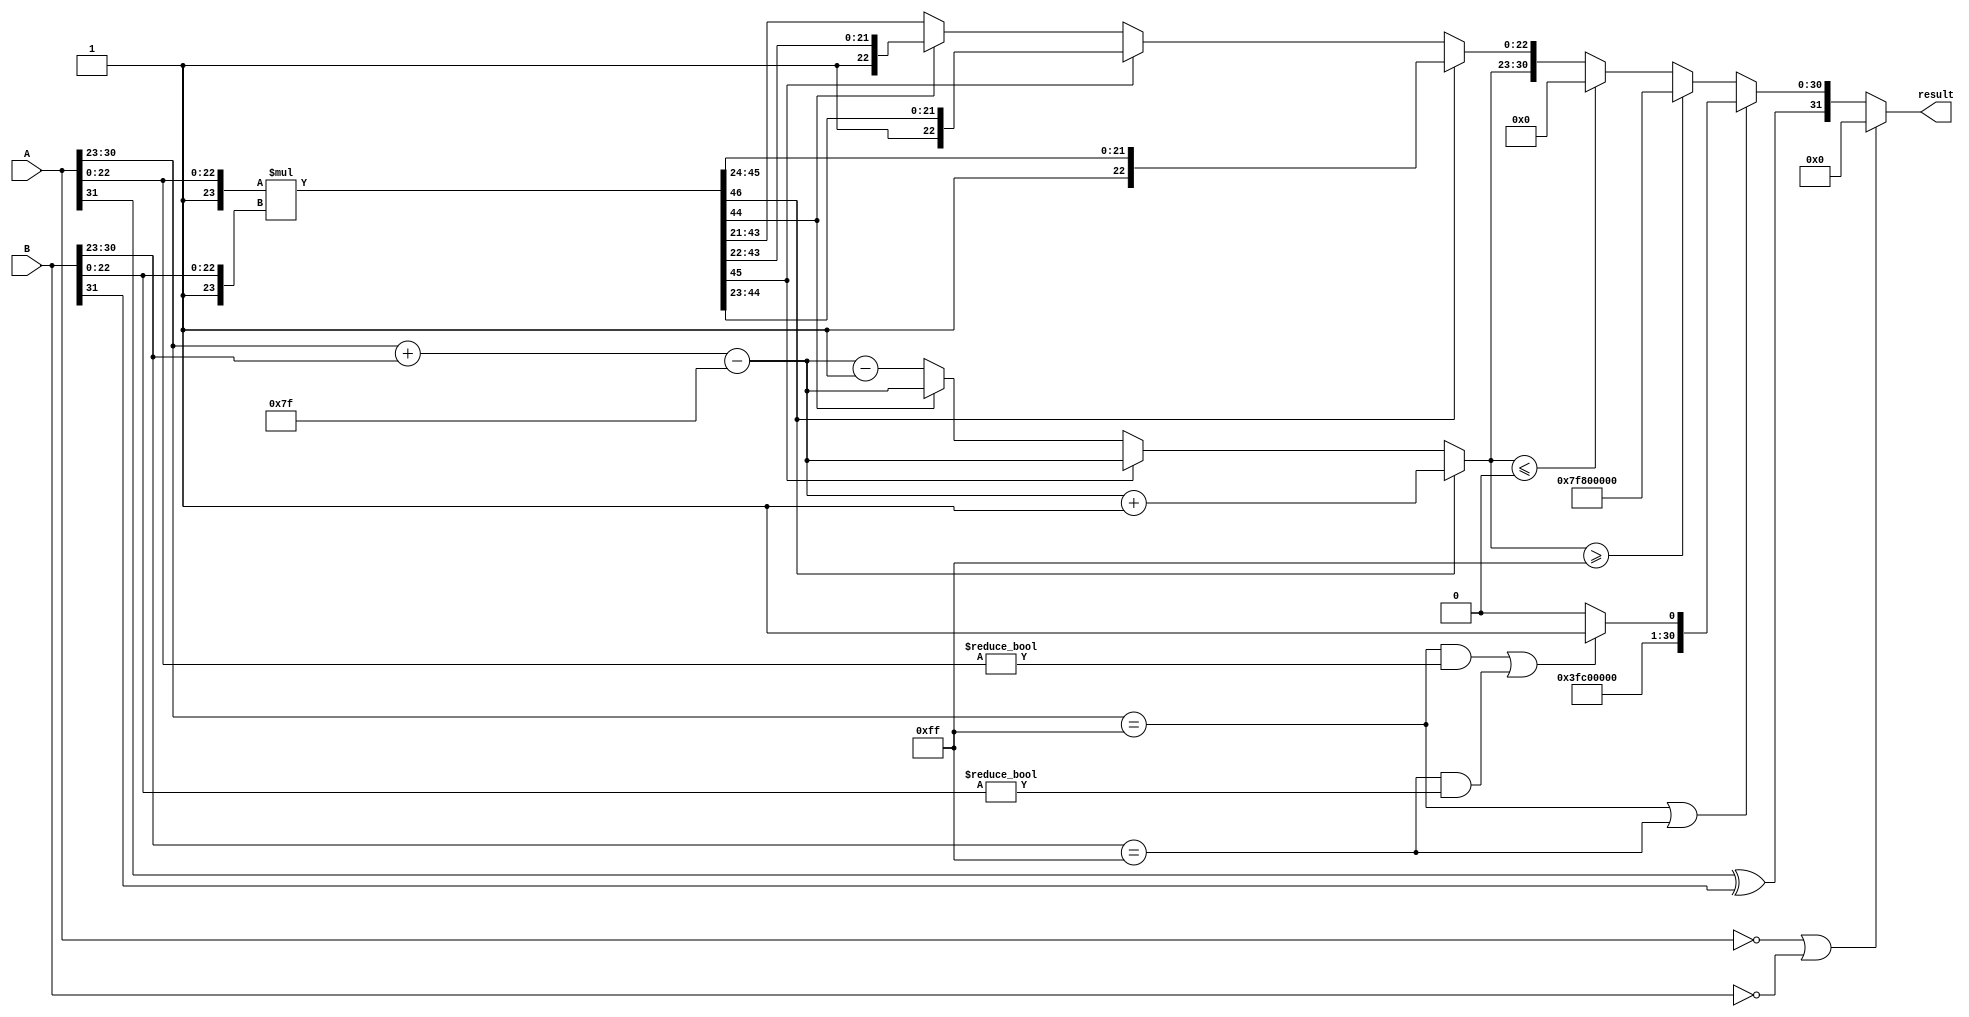
module floating_point_multiplier (
    input [31:0] A,  // Input A (32 bits)
    input [31:0] B,  // Input B (32 bits)
    output reg [31:0] result  // Output result (32 bits)
);

    // Extract components from input A
    wire signA = A[31];
    wire [7:0] expA = A[30:23];
    wire [23:0] sigA = {1'b1, A[22:0]};  // Add implicit leading 1

    // Extract components from input B
    wire signB = B[31];
    wire [7:0] expB = B[30:23];
    wire [23:0] sigB = {1'b1, B[22:0]};  // Add implicit leading 1

    // Sign calculation
    wire result_sign = signA ^ signB;  // XOR for sign

    // Exponent calculation
    wire [8:0] exp_sum = {1'b0, expA} + {1'b0, expB} - 8'd127;  // Add exponents and subtract bias
    wire [7:0] exp_result = exp_sum[7:0];

    // Significand calculation
    wire [46:0] sig_product = sigA * sigB;  // 23 + 23 = 46 bits product

    // Normalize the significand
    reg [23:0] normalized_sig;
    reg [7:0] final_exp;

    always @(*) begin
        if (sig_product[46] == 1'b1) begin
            // Normal case: Shift right to normalize
            normalized_sig = sig_product[46:24]; // 24 bits after shifting
            final_exp = exp_result + 8'd1; // Exponent increment
        end else if (sig_product[45] == 1'b1) begin
            // Shift right by 1
            normalized_sig = sig_product[45:23]; // 23 bits after shifting
            final_exp = exp_result; // Exponent stays the same
        end else if (sig_product[44] == 1'b1) begin
            // Shift right by 2
            normalized_sig = sig_product[44:22]; // 23 bits after shifting
            final_exp = exp_result; // Exponent stays the same
        end else begin
            // Denormalized case (leading bit not set)
            normalized_sig = sig_product[43:21]; // 23 bits after shifting
            final_exp = exp_result - 8'd1; // Adjust exponent for denormalization
        end
    end

    // Handle special cases: zero, infinity, and NaN
    always @(*) begin
        if ((A == 32'b0) || (B == 32'b0)) begin
            // Zero case
            result = 32'b0;
        end else if ((A[30:23] == 8'hFF) || (B[30:23] == 8'hFF)) begin
            // Infinity case
            if ((A[30:23] == 8'hFF) && (A[22:0] != 23'b0) || (B[30:23] == 8'hFF) && (B[22:0] != 23'b0)) begin
                // NaN case (if either significand is non-zero)
                result = {result_sign, 8'hFF, 23'b1};  // Set NaN
            end else begin
                // Result is infinity
                result = {result_sign, 8'hFF, 23'b0};  // Set infinity
            end
        end else if (final_exp >= 8'hFF) begin
            // Overflow case
            result = {result_sign, 8'hFF, 23'b0};  // Set infinity
        end else if (final_exp <= 8'h00) begin
            // Underflow case
            result = {result_sign, 8'h00, 23'b0};  // Set zero
        end else begin
            // Normal case
            result = {result_sign, final_exp[7:0], normalized_sig[22:0]};
        end
    end

endmodule